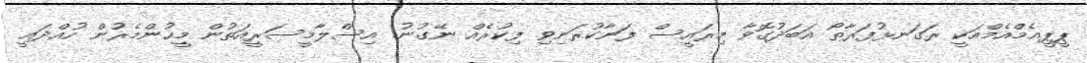
ޕީޕީއެމްއެމްއަކީ ރަގަނޅުފަރާތޯ އަބަދުގޮވާ މިރައީސް ފަނާކުރަނިވި ފިކުރެއް ނޭގުނު. އިސްލާމީސަރީއަތުން މީހުންމެރުން ހުއްދައީ